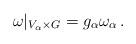
LaTeX: \begin{align*}\omega|_{V_\alpha \times G} = g_\alpha \omega_\alpha\,.\end{align*}